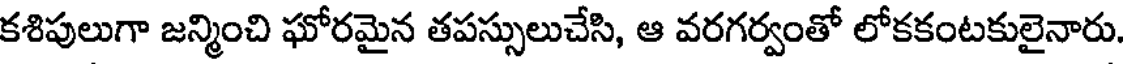
కశిపులుగా జన్మించి ఘోరమైన తపస్సులుచేసి, ఆ వరగర్వంతో లోకకంటకులైనారు